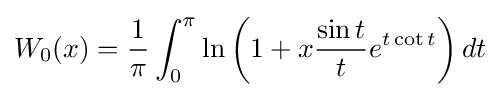
W_{0}(x)={\frac {1}{\pi }}\int _{0}^{\pi }\ln \left(1+x{\frac {\sin t}{t}}e^{t\cot t}\right)dt